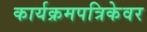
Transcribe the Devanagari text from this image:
कार्यक्रमपत्रिकेवर